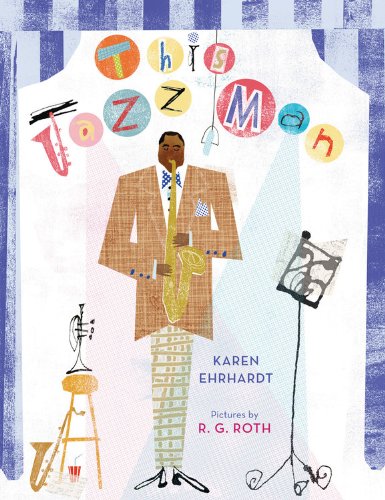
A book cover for This Jazz Man; Karen Ehrhardt; Children's Books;